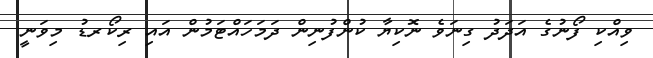
ވިއްކި ފޯނުގެ އަދަދު ގިނަވެ ނޮކިޔާ ކުންފުނިން ދަމަހައްޓަމުން އައި ރިކޯރޑު މިވަނީ